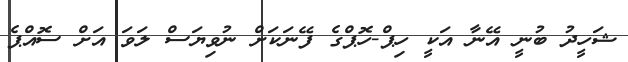
ޝަހީދު ބުނީ އޭނާ އަކީ ހިޕް-ހޮޕްގެ ފޭނަކަށް ނުވިޔަސް ލަވަ އަށް ސޮއްޕެ